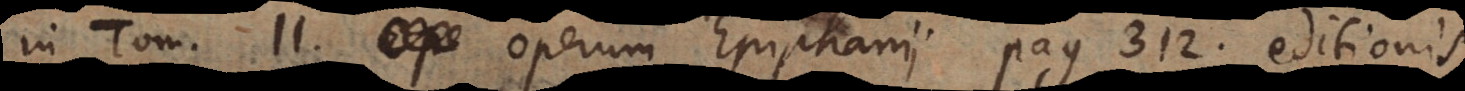
in Tom. II. Operum Epiphanii pag. 312. editionis